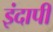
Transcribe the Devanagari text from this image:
इंदापी